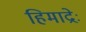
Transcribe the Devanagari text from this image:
हिमाद्रेः